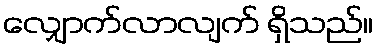
လျှောက်လာလျက် ရှိသည်။